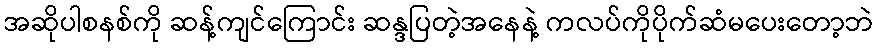
အဆိုပါစနစ်ကို ဆန့်ကျင်ကြောင်း ဆန္ဒပြတဲ့အနေနဲ့ ကလပ်ကိုပိုက်ဆံမပေးတော့ဘဲ